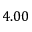
4 . 0 0